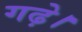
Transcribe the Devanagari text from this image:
गढ़े।